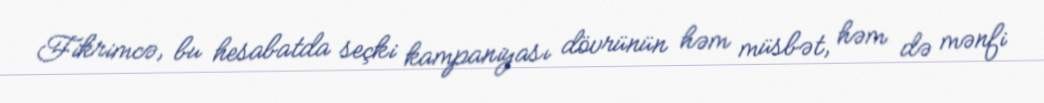
Fikrimcə, bu hesabatda seçki kampaniyası dövrünün həm müsbət, həm də mənfi